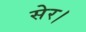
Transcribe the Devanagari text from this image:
सेर।